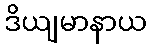
ဒိယျမာနာယ